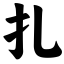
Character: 扎